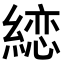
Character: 𦃳